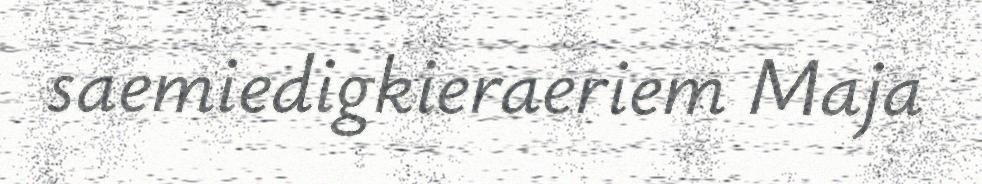
saemiedigkieraeriem Maja